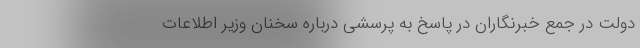
دولت در جمع خبرنگاران در پاسخ به پرسشی درباره سخنان وزیر اطلاعات